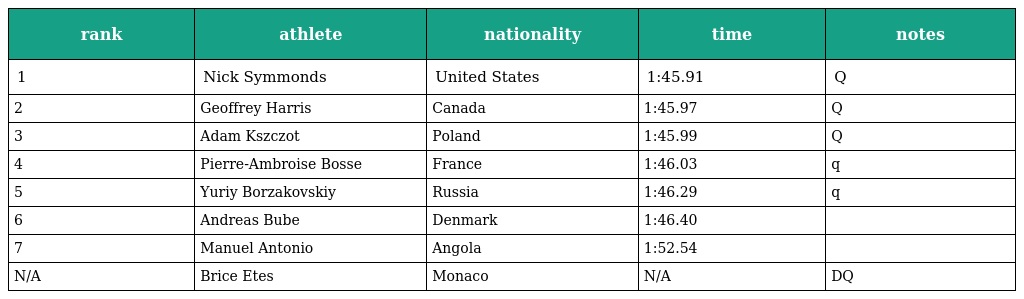
| rank | athlete | nationality | time | notes |
 | --- | --- | --- | --- | --- |
 | 1 | Nick Symmonds | United States | 1:45.91 | Q |
 | 2 | Geoffrey Harris | Canada | 1:45.97 | Q |
 | 3 | Adam Kszczot | Poland | 1:45.99 | Q |
 | 4 | Pierre-Ambroise Bosse | France | 1:46.03 | q |
 | 5 | Yuriy Borzakovskiy | Russia | 1:46.29 | q |
 | 6 | Andreas Bube | Denmark | 1:46.40 |  |
 | 7 | Manuel Antonio | Angola | 1:52.54 |  |
 | N/A | Brice Etes | Monaco | N/A | DQ |